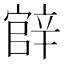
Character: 𨐝